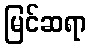
မြင်ဆရာ